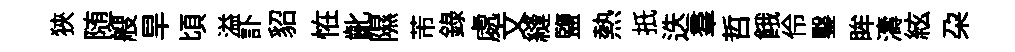
狹随艘旱頃溢訃貂恠齔隰芾録處文縫鹽熱扺迭羣哲餓伶鑿眸濤絃朶